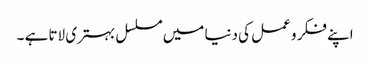
اپنے فکر و عمل کی دنیا میں مسلسل بہتری لاتا ہے ۔